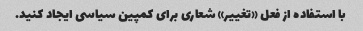
با استفاده از فعل «تغییر» شعاری برای کمپین سیاسی ایجاد کنید.